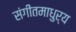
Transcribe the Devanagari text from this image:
संगीतमाधुर्य